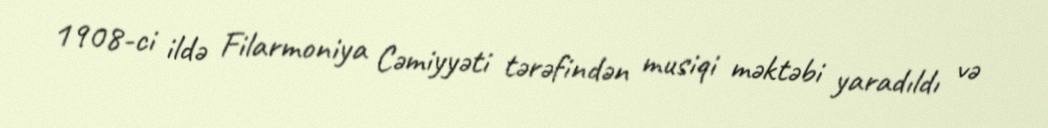
1908-ci ildə Filarmoniya Cəmiyyəti tərəfindən musiqi məktəbi yaradıldı və